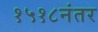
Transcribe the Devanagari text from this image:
१५१८नंतर